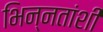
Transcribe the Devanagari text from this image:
भिन्नतांशी